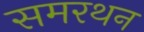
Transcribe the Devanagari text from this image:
समरथन